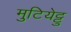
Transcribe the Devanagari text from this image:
मुटियेट्टु